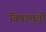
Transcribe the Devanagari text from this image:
विषाणुची